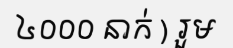
៤០០០ នាក់ ) រួម